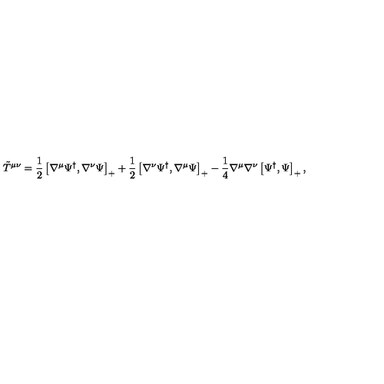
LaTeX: { \tilde { T } } ^ { \mu \nu } = \frac 1 2 \left[ \nabla ^ { \mu } \Psi ^ { \dag } , \nabla ^ { \nu } \Psi \right] _ { + } + \frac 1 2 \left[ \nabla ^ { \nu } \Psi ^ { \dag } , \nabla ^ { \mu } \Psi \right] _ { + } - \frac 1 4 \nabla ^ { \mu } \nabla ^ { \nu } \left[ \Psi ^ { \dag } , \Psi \right] _ { + } ,